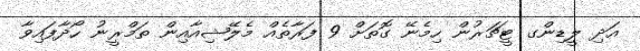
އަދި ލީޑިންގ ޓީޗަރުން ހިމެނޭ ގޮތަށް 9 ފަރާތެއް މެލޭޝިއާއިން ތަމްރީނު ހޯދާފައިވާ